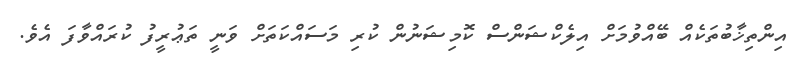
އިންތިޚާބުތަކެއް ބޭއްވުމަށް އިލެކްޝަންސް ކޮމިޝަނުން ކުރި މަސައްކަތަށް ވަނީ ތަޢުރީފު ކުރައްވާފަ އެވެ.